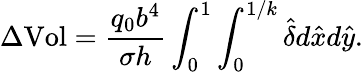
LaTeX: \Delta\textrm{Vol}=\frac{q_{0}b^{4}}{\sigma h}\int_{0}^{1}\int_{0}^{1/k}\hat{\delta}d\hat{x}d\hat{y}.